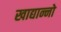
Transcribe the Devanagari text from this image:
खाद्यान्नो